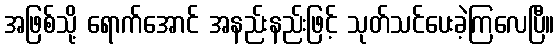
အဖြစ်သို့ ရောက်အောင် အနည်းနည်းဖြင့် သုတ်သင်ပေးခဲ့ကြလေပြီ။